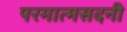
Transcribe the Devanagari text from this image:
परमात्मसदनी